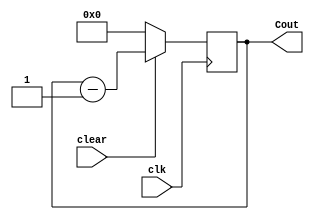
module Four_bit_Down_counter(
    input clear,
    input clk,
    output reg [3:0] Cout
    );
     initial
     Cout=4'b1111;
     
     always @ (posedge clk) 
     begin   
    if (clear==0)  
      Cout <= 0;  
    else  
      Cout <= Cout - 1;  
  end    
endmodule